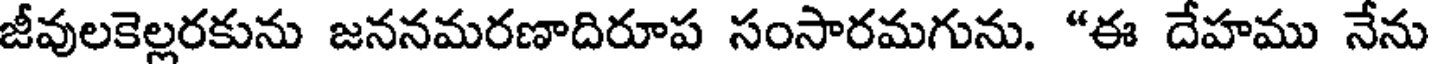
జీవులకెల్లరకును జననమరణాదిరూప సంసారమగును. "ఈ దేహము నేను